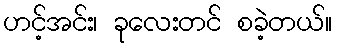
ဟင့်အင်း၊ ခုလေးတင် စခဲ့တယ်။